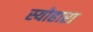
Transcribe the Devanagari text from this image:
स्योहारा